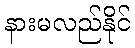
နားမလည်နိုင်